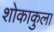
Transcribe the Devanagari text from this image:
शोकाकुला